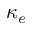
\kappa _ { e }